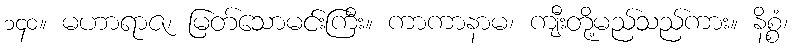
၁၄၀။ မဟာရာဇ၊ မြတ်သောမင်းကြီး။ ကာကာနာမ၊ ကျီးတို့မည်သည်ကား။ နိစ္စံ၊